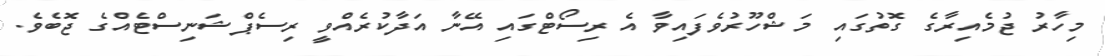
މިހާރު ޖުމެއިރާގެ ގޮތުގައި މަޝްހޫރުވެފައިވާ އެ ރިސޯޓްގައި އޭނާ އަދާކުރެއްވީ ރިސެޕްޝަނިސްޓެއްގެ ޖޮބެވެ.